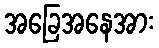
အခြေအနေအား